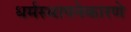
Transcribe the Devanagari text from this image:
धर्मस्थापनेकारणे